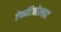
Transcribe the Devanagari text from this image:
ऐकटिनोलाइट